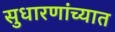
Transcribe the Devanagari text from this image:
सुधारणांच्यात